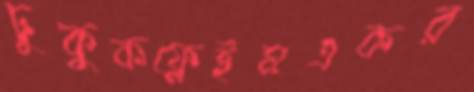
ঢুকুকফ্লেইমএকর